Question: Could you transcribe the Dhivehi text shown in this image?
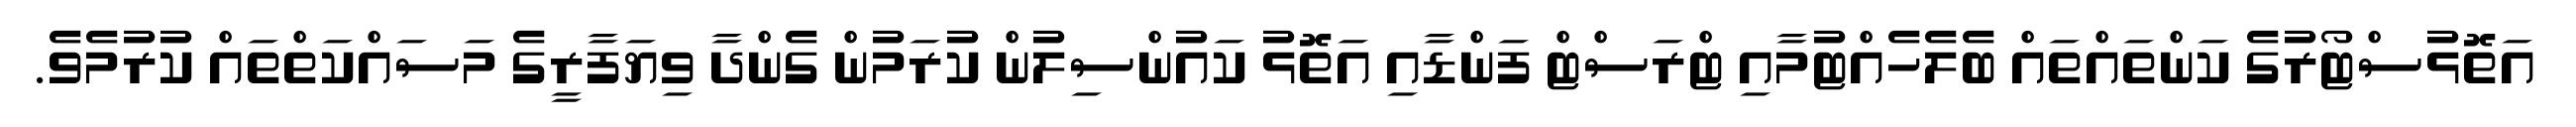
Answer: އަތޮޅުސްޓޯރުގެ ކަންތައްތައް ބެލެހެއްޓުމާއި ޓްރަސްޓް ފަންޑާއި އަތޮޅު ކައުންސިލުން ކުރަމުން ގެންދާ ވިޔަފާރީގެ މަސައްކަތްތައް ކުރުމެވެ.